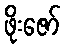
ဖိုးဇော်